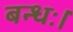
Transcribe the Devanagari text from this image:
बन्धः।